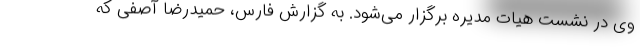
وی در نشست هیات مدیره برگزار می‌شود. به گزارش فارس، حمیدرضا آصفی که